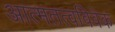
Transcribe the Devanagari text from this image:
आत्मतत्वविवेक